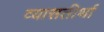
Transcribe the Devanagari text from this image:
व्यासतीर्था